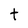
Character: t